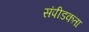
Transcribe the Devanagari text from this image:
संपीडकता